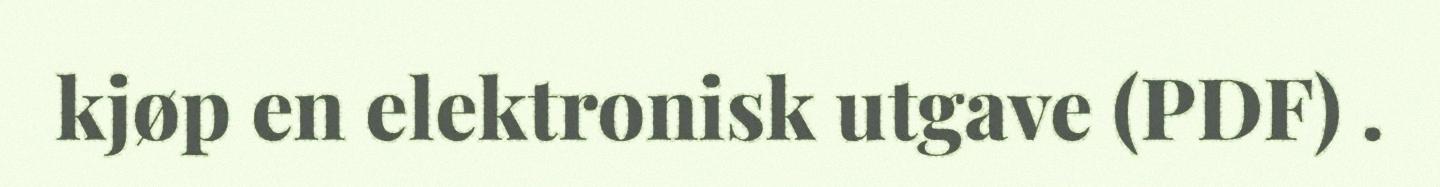
kjøp en elektronisk utgave (PDF) .